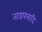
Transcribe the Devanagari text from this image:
ताडपत्रादि